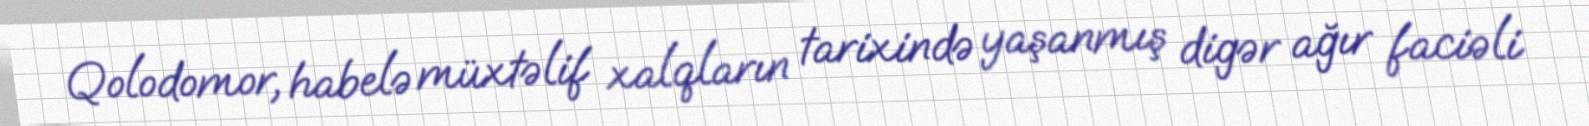
Qolodomor, habelə müxtəlif xalqların tarixində yaşanmış digər ağır faciəli